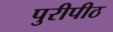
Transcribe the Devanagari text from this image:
पुरीपीठ